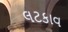
લટકાવ